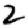
Digit: 2